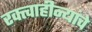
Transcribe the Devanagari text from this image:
रक्त्वाहीन्यांचे